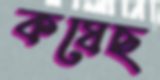
কষেছ